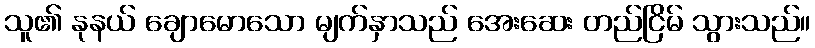
သူ၏ နုနယ် ချောမောသော မျက်နှာသည် အေးဆေး တည်ငြိမ် သွားသည်။